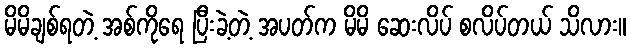
မိမိချစ်ရတဲ့ အစ်ကိုရေ ပြီးခဲ့တဲ့ အပတ်က မိမိ ဆေးလိပ် စလိပ်တယ် သိလား။